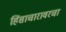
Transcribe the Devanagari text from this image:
हिंसाचारावरचा